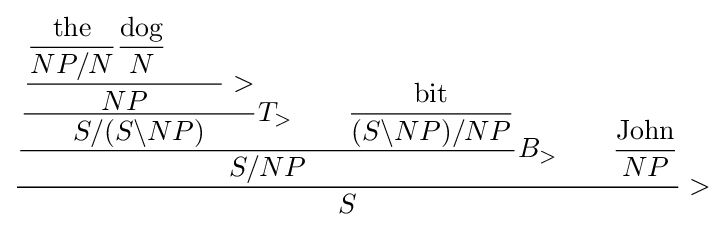
{\dfrac {{\dfrac {{\dfrac {{\dfrac {{\dfrac {\text{the}}{NP/N}}{\dfrac {\text{dog}}{N}}\qquad }{NP}}>}{S/(S\backslash NP)}}T_{>}\qquad {\dfrac {\text{bit}}{(S\backslash NP)/NP}}}{S/NP}}B_{>}\qquad {\dfrac {\text{John}}{NP}}}{S}}>